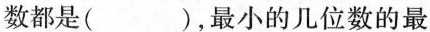
数都是( )，最小的几位数的最